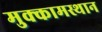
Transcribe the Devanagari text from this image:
मुक्कामस्थान